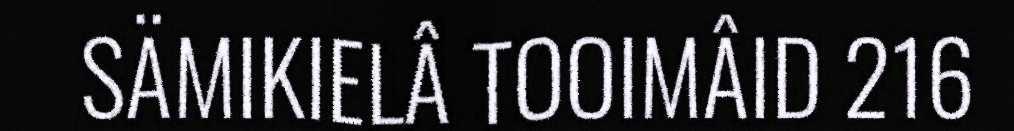
SÄMIKIELÂ TOOIMÂID 216